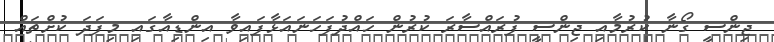
ޖިންސީ ގޯނާ ކުރުމާއި ޖިންސީ ފުރައްސާރަ ކުރުން ހައްދުފަހަނައަޅާފައިވާ އިންޑިއާގައި މިފަދަ ކުށްތައް